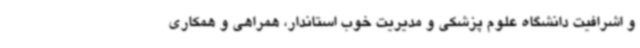
و اشرافیت دانشگاه علوم پزشکی و مدیریت خوب استاندار، همراهی و همکاری